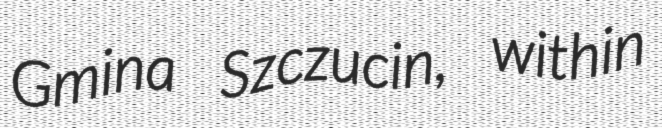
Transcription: Gmina Szczucin, within